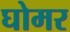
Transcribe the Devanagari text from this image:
घोमर